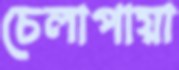
চেলাপায়া